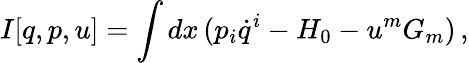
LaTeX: I[q,p,u]=\int dx\, (p_{i}\dot{q}^{i}-H_{0}-u^{m}G_{m})\, ,